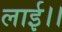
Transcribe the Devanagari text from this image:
लाई।।